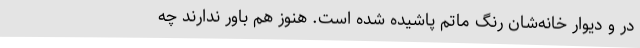
در و دیوار خانه‌شان رنگ ماتم پاشیده شده است. هنوز هم باور ندارند چه